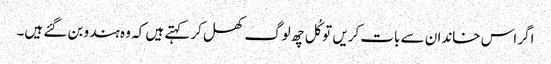
اگر اس خاندان سے بات کریں تو کُل چھ لوگ کھل کر کہتے ہیں کہ وہ ہندو بن گئے ہیں۔